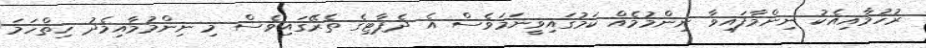
ރުހުމާއިއެކު ނިންމާފައިވާ ނިންމުމެއް ކަމުގައިވީނަމަވެސް އެ ދެޕާޓިގެ ތެރޭގައިވެސް މި ނިންމުމާއިމެދު ހިތްހަމަ